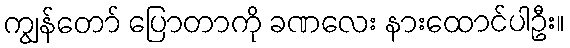
ကျွန်တော် ပြောတာကို ခဏလေး နားထောင်ပါဦး။